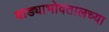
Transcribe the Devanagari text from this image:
वाड्याभोवतालच्या